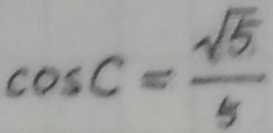
\cos C = \frac { \sqrt { 5 } } { 5 }